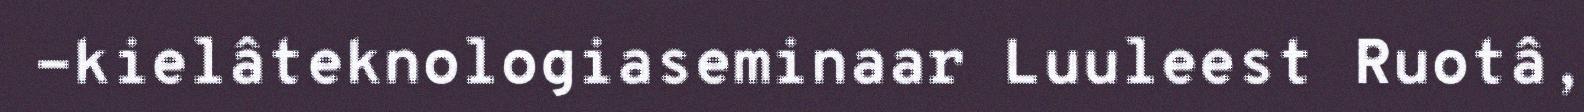
-kielâteknologiaseminaar Luuleest Ruotâ,